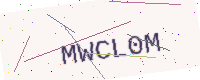
Text: MWCL0M